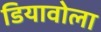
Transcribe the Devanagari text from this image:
डियावोला